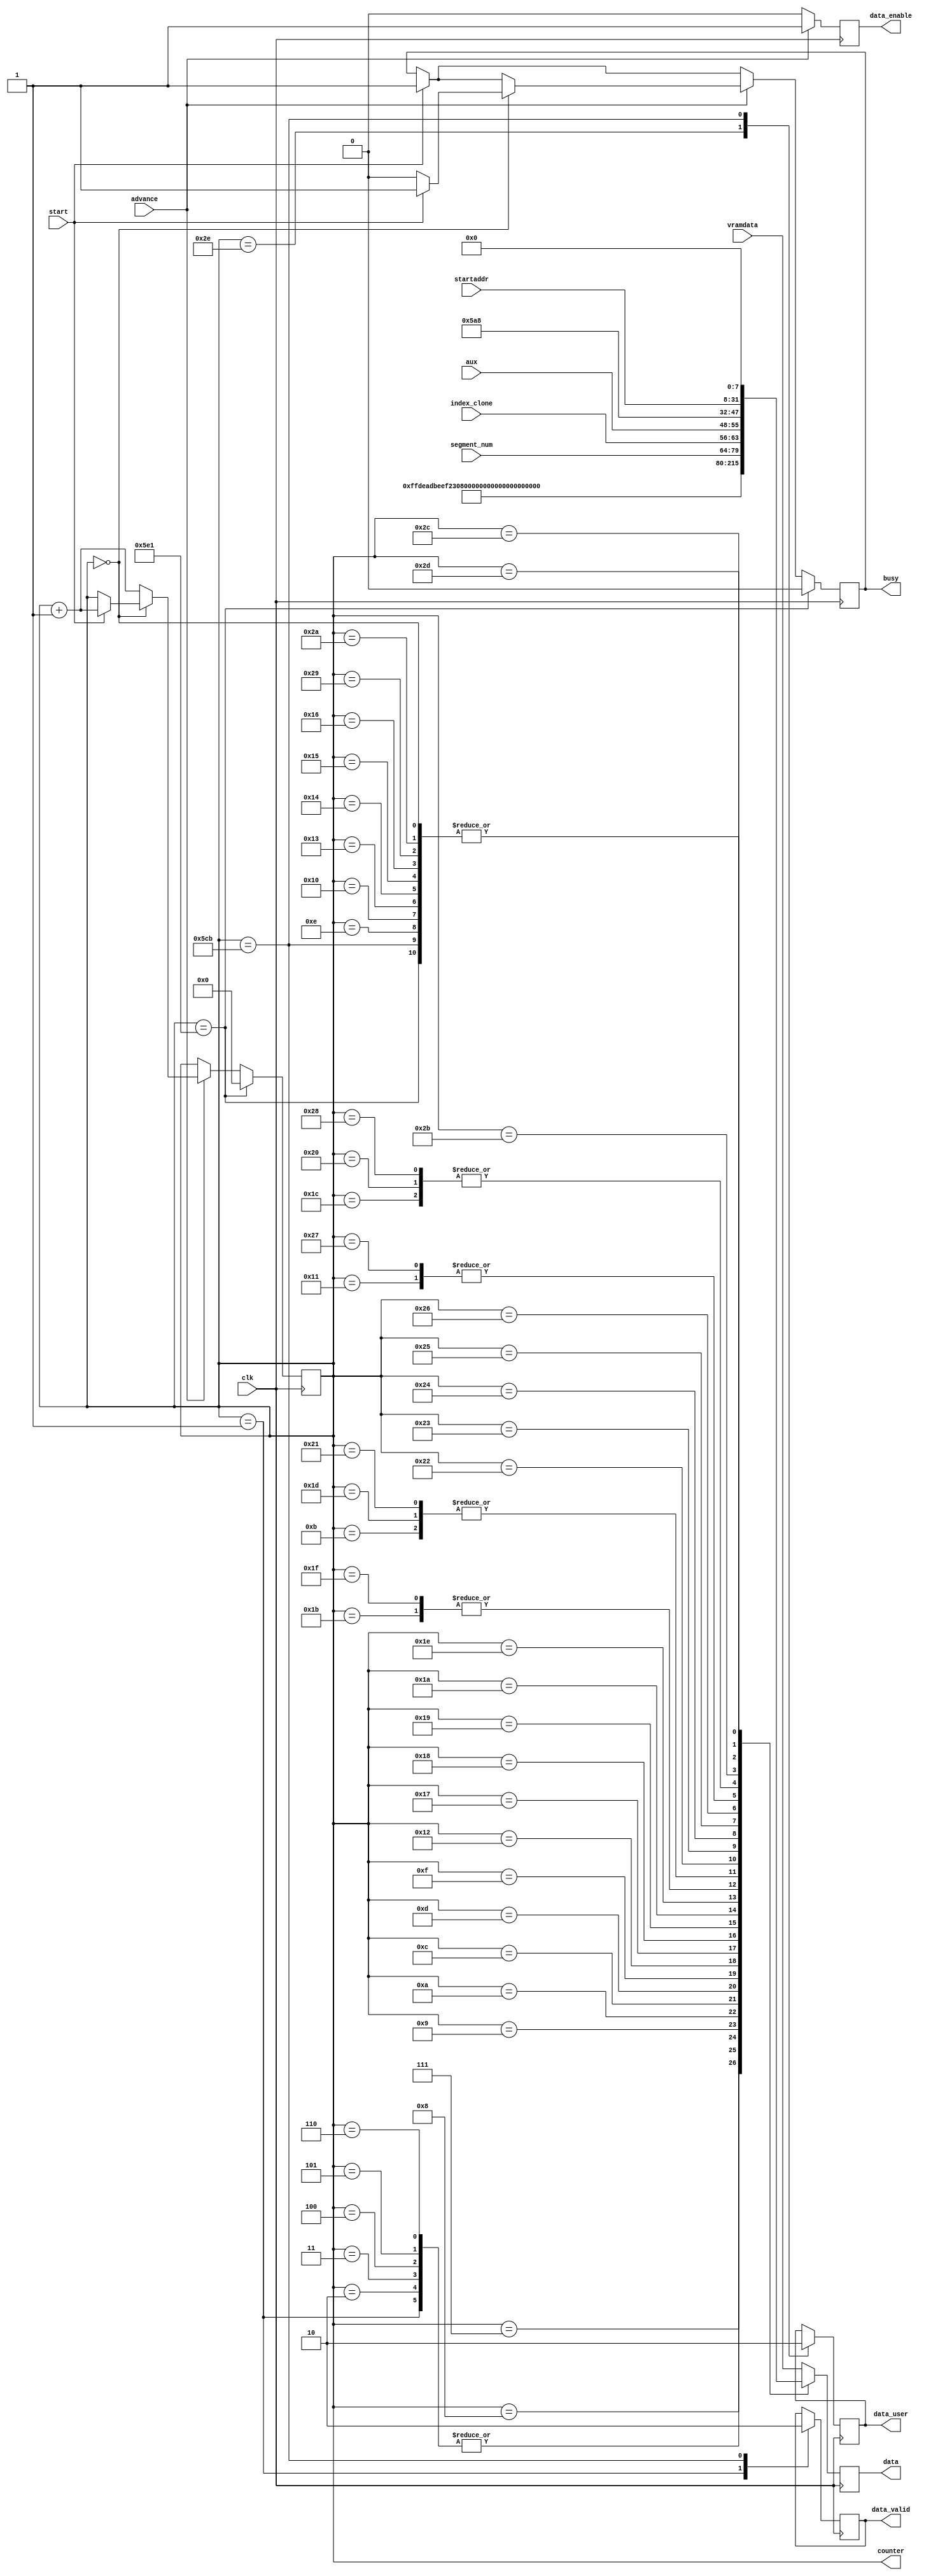
 module byte_data(
	input wire clk,
	input wire start,
	input wire advance,
	input wire [7:0] aux, // auxiliary number
	input wire [15:0] segment_num,
	input wire [7:0] index_clone,
	input wire [7:0] vramdata,
	input wire [23:0] startaddr, // coordinate

	(* mark_debug = "true" *) output reg busy = 1'b0,
	(* mark_debug = "true" *) output reg [7:0] data = 8'b0,
	
	output reg [11:0] counter = 12'b0,
	output reg data_user = 1'b0,
	(* mark_debug = "true" *) output reg data_valid = 1'b0,
	output reg data_enable = 1'b0

	);
//parameter VGA_ -> 420*240
parameter xmax = 320;
parameter ymax = 180;


parameter ip_header_bytes = 20;
parameter udp_header_bytes = 8;
parameter data_bytes = 1440; // 1444 Bytes. 4: my protocol, 1440: payload.  
parameter ip_total_bytes = ip_header_bytes + udp_header_bytes + data_bytes;//20 + 8 + 1444 = 1472 = x5c0
parameter udp_total_bytes = udp_header_bytes + data_bytes; // 8 + data_bytes = 1452 = x5ac
reg start_internal = 1'b0;

reg [7:0] index_clone_rised;

// ethernet frame header
reg [47:0] eth_src_mac = 48'hdeadbeef0123;
reg [47:0] eth_dst_mac = 48'hffffffffffff;
reg [15:0] eth_type = 16'h0800;

// ip header
reg [3:0] ip_version = 4'h4;
reg [3:0] ip_header_len = 4'h5;
reg [7:0] ip_dscp_ecn = 8'h00;
reg [15:0] ip_identification = 16'h0000;
reg [15:0] ip_length = ip_total_bytes;
reg [15:0] ip_flags_and_frag = 16'h0000;
reg [7:0] ip_ttl = 8'h10;
reg [7:0] ip_protocol = 8'h11;
wire [15:0] ip_checksum;// = 16'h0000; // calculated later on
reg [31:0] ip_src_addr = 32'hc0a80140; // 192.168.1.64
reg [31:0] ip_dst_addr = 32'hc0a80102; // 192.168.1.2

// for calculating the checksum
wire [31:0] ip_checksum1;// = 32'h0;
wire [15:0] ip_checksum2;// = 16'h0;

// UDP header
reg [15:0] udp_src_port = 16'h1000; // port 4096
reg [15:0] udp_dst_port = 16'h1000; // port 4096
reg [15:0] udp_length = udp_total_bytes; // ok?
reg [15:0] udp_checksum = 16'h0000;

//wire[3:0] data_from_vram;


//begin
//calculate tcp checksum
// this should all collapse down to a constant at build-time
	 // 4500 + 0030 + 4422 + 4000 + 8006 + 0000 + (0410 + 8A0C + FFFF + FFFF) = 0002BBCF (32-bit sum)

assign ip_checksum1 = 32'd0 + {ip_version, ip_header_len, ip_dscp_ecn} + ip_identification
				+ ip_length + ip_flags_and_frag + {ip_ttl, ip_protocol}
				+ ip_src_addr[31:16] + ip_src_addr[15:0] + ip_dst_addr[31:16]
				+ ip_dst_addr[15:0];

	 //0002 + BBCF = BBD1 = 1011101111010001 (1's complement 16-bit sum, formed by "end around carry" of 32-bit 2's complement sum)
assign ip_checksum2 = ip_checksum1[31:16] + ip_checksum1[15:0];
	 //~BBD1 = 0100010000101110 = 442E (1's complement of 1's complement 16-bit sum)
assign ip_checksum  = ~ip_checksum2;
reg flag_max = 0;

always @(posedge clk) begin
	// update the counter
	if (start == 1'b1) begin
		index_clone_rised <= index_clone;
		start_internal <= 1'b1;
		busy <= 1'b1;
	end

	data_enable <= 1'b0;

	if (advance == 1'b1) begin
		data_enable <= 1'b1;
		if (counter == 1'b0)begin
		//	if ((start_internal == 1'b1) || (start == 1'b1)) begin
			if (start == 1'b1) begin
				busy <= 1'b1;
				counter <= counter + 1'b1;
				start_internal <= start;
			end
			else begin 
				busy <= 1'b0;
						end
		end
		else begin
			counter <= counter + 1'b1;
		end
	end

	data <= 8'b00000000;
	case (counter)
		// pause at 0count when idle
		12'h0:  begin// must be NULL???????
						//mydata_rised <= mydata;
						
						//index_clone_rised <= index_clone;
				end
		12'h1: begin
				//busy <= 1'b1;
						data <= eth_dst_mac[47:40];
						data_valid <= 1'b1;
						end

		// ethernet destination
		12'h2: data <= eth_dst_mac[39:32];
		12'h3: data <= eth_dst_mac[31:24];
		12'h4: data <= eth_dst_mac[23:16];
		12'h5: data <= eth_dst_mac[15:8];
		12'h6: data <= eth_dst_mac[7:0];
		// ethernet source
		12'h7: data <= eth_src_mac[47:40];
		12'h8: data <= eth_src_mac[39:32];
		12'h9: data <= eth_src_mac[31:24];
		12'ha: data <= eth_src_mac[23:16];
		12'hb: data <= eth_src_mac[15:8];
		12'hc: data <= eth_src_mac[7:0];
		//ether type 08:00
		12'hd: data <= eth_type[15:8];
		12'he: data <= eth_type[7:0];

		// user data packet

		// IPv4 Header
		12'hf: data <= {ip_version, ip_header_len};
		12'h10: data <= ip_dscp_ecn[7:0];
		12'h11: data <= ip_length[15:8];
		12'h12: data <= ip_length[7:0];
		// all zeros
		12'h13: data <= ip_identification[15:8];
		12'h14: data <= ip_identification[7:0];
		// no flags, no frament offset
		12'h15: data <= ip_flags_and_frag[15:8];
		12'h16: data <= ip_flags_and_frag[7:0];
		// time to live
		12'h17: data <= ip_ttl[7:0];
		// protocol UDP
		12'h18: data <= ip_protocol[7:0];
		// header checksum
		12'h19: data <= ip_checksum[15:8];
		12'h1a: data <= ip_checksum[7:0];
		// source address
		12'h1b: data <= ip_src_addr[31:24];
		12'h1c: data <= ip_src_addr[23:16];
		12'h1d: data <= ip_src_addr[15:8];
		12'h1e: data <= ip_src_addr[7:0];
		// dest address
		12'h1f: data <= ip_dst_addr[31:24]; // c0
		12'h20: data <= ip_dst_addr[23:16]; // a8
		12'h21: data <= ip_dst_addr[15:8]; // 01
		12'h22: data <= ip_dst_addr[7:0]; // 02
		// no options in this packet


		12'h23: data <= segment_num[15:8]; // UDP SOURCE [15:8]
		12'h24: data <= segment_num[7:0]; // UDP SOURCE [7:0]
		12'h25: data <= index_clone; // UDP DST [15:8]
		12'h26: data <= aux; // UDP DST[7:0]


		// UDP length (header + data) 24 octets
		12'h27: data <= udp_length[15:8];//05
		12'h28: data <= udp_length[7:0];//a8
		// udp checksum not suppled
		12'h29: data <= udp_checksum[15:8];//00
		12'h2a: data <= udp_checksum[7:0];//00

		12'h2b: begin
						data <= startaddr[23:16];
						end
		12'h2c: data <= startaddr[15:8];
		12'h2d:data <= startaddr[7:0];
		// 0x2e == 46: begin pixcel data
		12'h2e:begin
						data_user <= 1'b1;
		data <= vramdata; // here.
		end

		12'h5cb: begin //1483

							
				data_valid <= 1'b0;
				data_user <= 1'b0;
				end

 
		12'h5e1: begin
				counter <= 12'b0;
				busy <= 1'b0;
				end
		default: begin 
					data <= vramdata;
				end
		endcase
end
endmodule